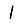
Digit: 1